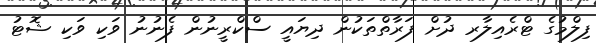
ފިލްމުގެ ޓްރެއިލާރ ދުށް ފަރާތްތަކުން ދިޔައީ ސްކްރީނުން ފެނުނު ވަކި ވަކި ޝޮޓު